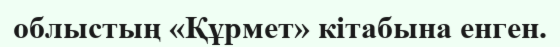
облыстың «Құрмет» кітабына енген.